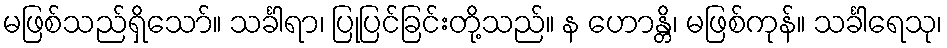
မဖြစ်သည်ရှိသော်။ သင်္ခါရာ၊ ပြုပြင်ခြင်းတို့သည်။ န ဟောန္တိ၊ မဖြစ်ကုန်။ သင်္ခါရေသု၊